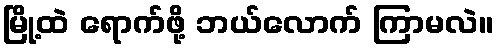
မြို့ထဲ ရောက်ဖို့ ဘယ်လောက် ကြာမလဲ။